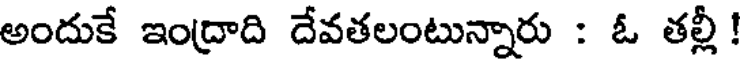
అందుకే ఇంద్రాది దేవతలంటున్నారు : ఓ తల్లీ!